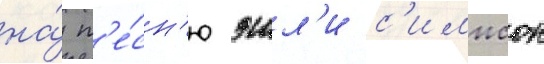
на́ п'е́сн'ю эшл'и с'импсон